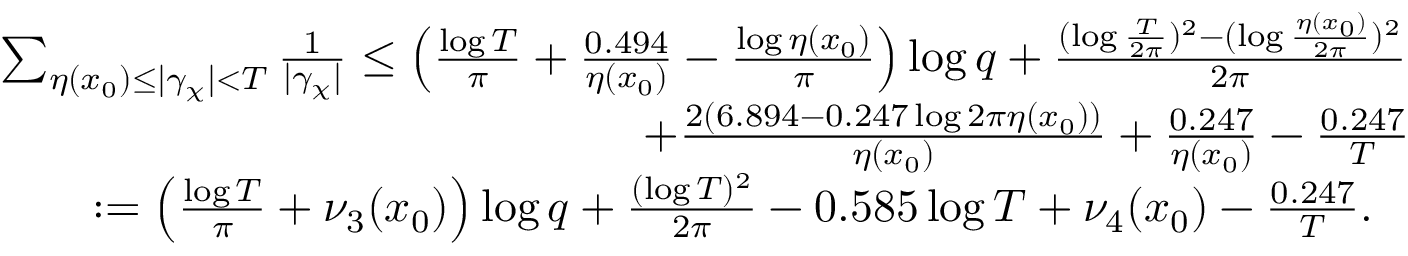
\begin{array} { r l } & { \sum _ { \eta ( x _ { 0 } ) \leq | \gamma _ { \chi } | < T } \frac { 1 } { | \gamma _ { \chi } | } \leq \left( \frac { \log { T } } { \pi } + \frac { 0 . 4 9 4 } { \eta ( x _ { 0 } ) } - \frac { \log { \eta ( x _ { 0 } ) } } { \pi } \right) \log { q } + \frac { ( \log { \frac { T } { 2 \pi } } ) ^ { 2 } - ( \log { \frac { \eta ( x _ { 0 } ) } { 2 \pi } } ) ^ { 2 } } { 2 \pi } } \\ & { \qquad \qquad \qquad \qquad \qquad \qquad \qquad + \frac { 2 \left( 6 . 8 9 4 - 0 . 2 4 7 \log { 2 \pi \eta ( x _ { 0 } ) } \right) } { \eta ( x _ { 0 } ) } + \frac { 0 . 2 4 7 } { \eta ( x _ { 0 } ) } - \frac { 0 . 2 4 7 } { T } } \\ & { \qquad : = \left( \frac { \log { T } } { \pi } + \nu _ { 3 } ( x _ { 0 } ) \right) \log { q } + \frac { ( \log { T } ) ^ { 2 } } { 2 \pi } - 0 . 5 8 5 \log { T } + \nu _ { 4 } ( x _ { 0 } ) - \frac { 0 . 2 4 7 } { T } . } \end{array}